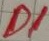
Text: D1